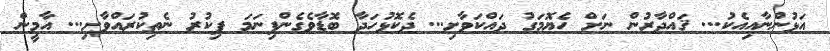
އަޅުންނާއިއެކު... ޤައްދާރުން ނަށް ހެޔޮމަގު ދައްކަވާށި... ދެކޮޅުހަދާ ބޮޑާވެގެންފިނަމަ ފިކުރު ނެތިކުރައްވާށި... އާމީން